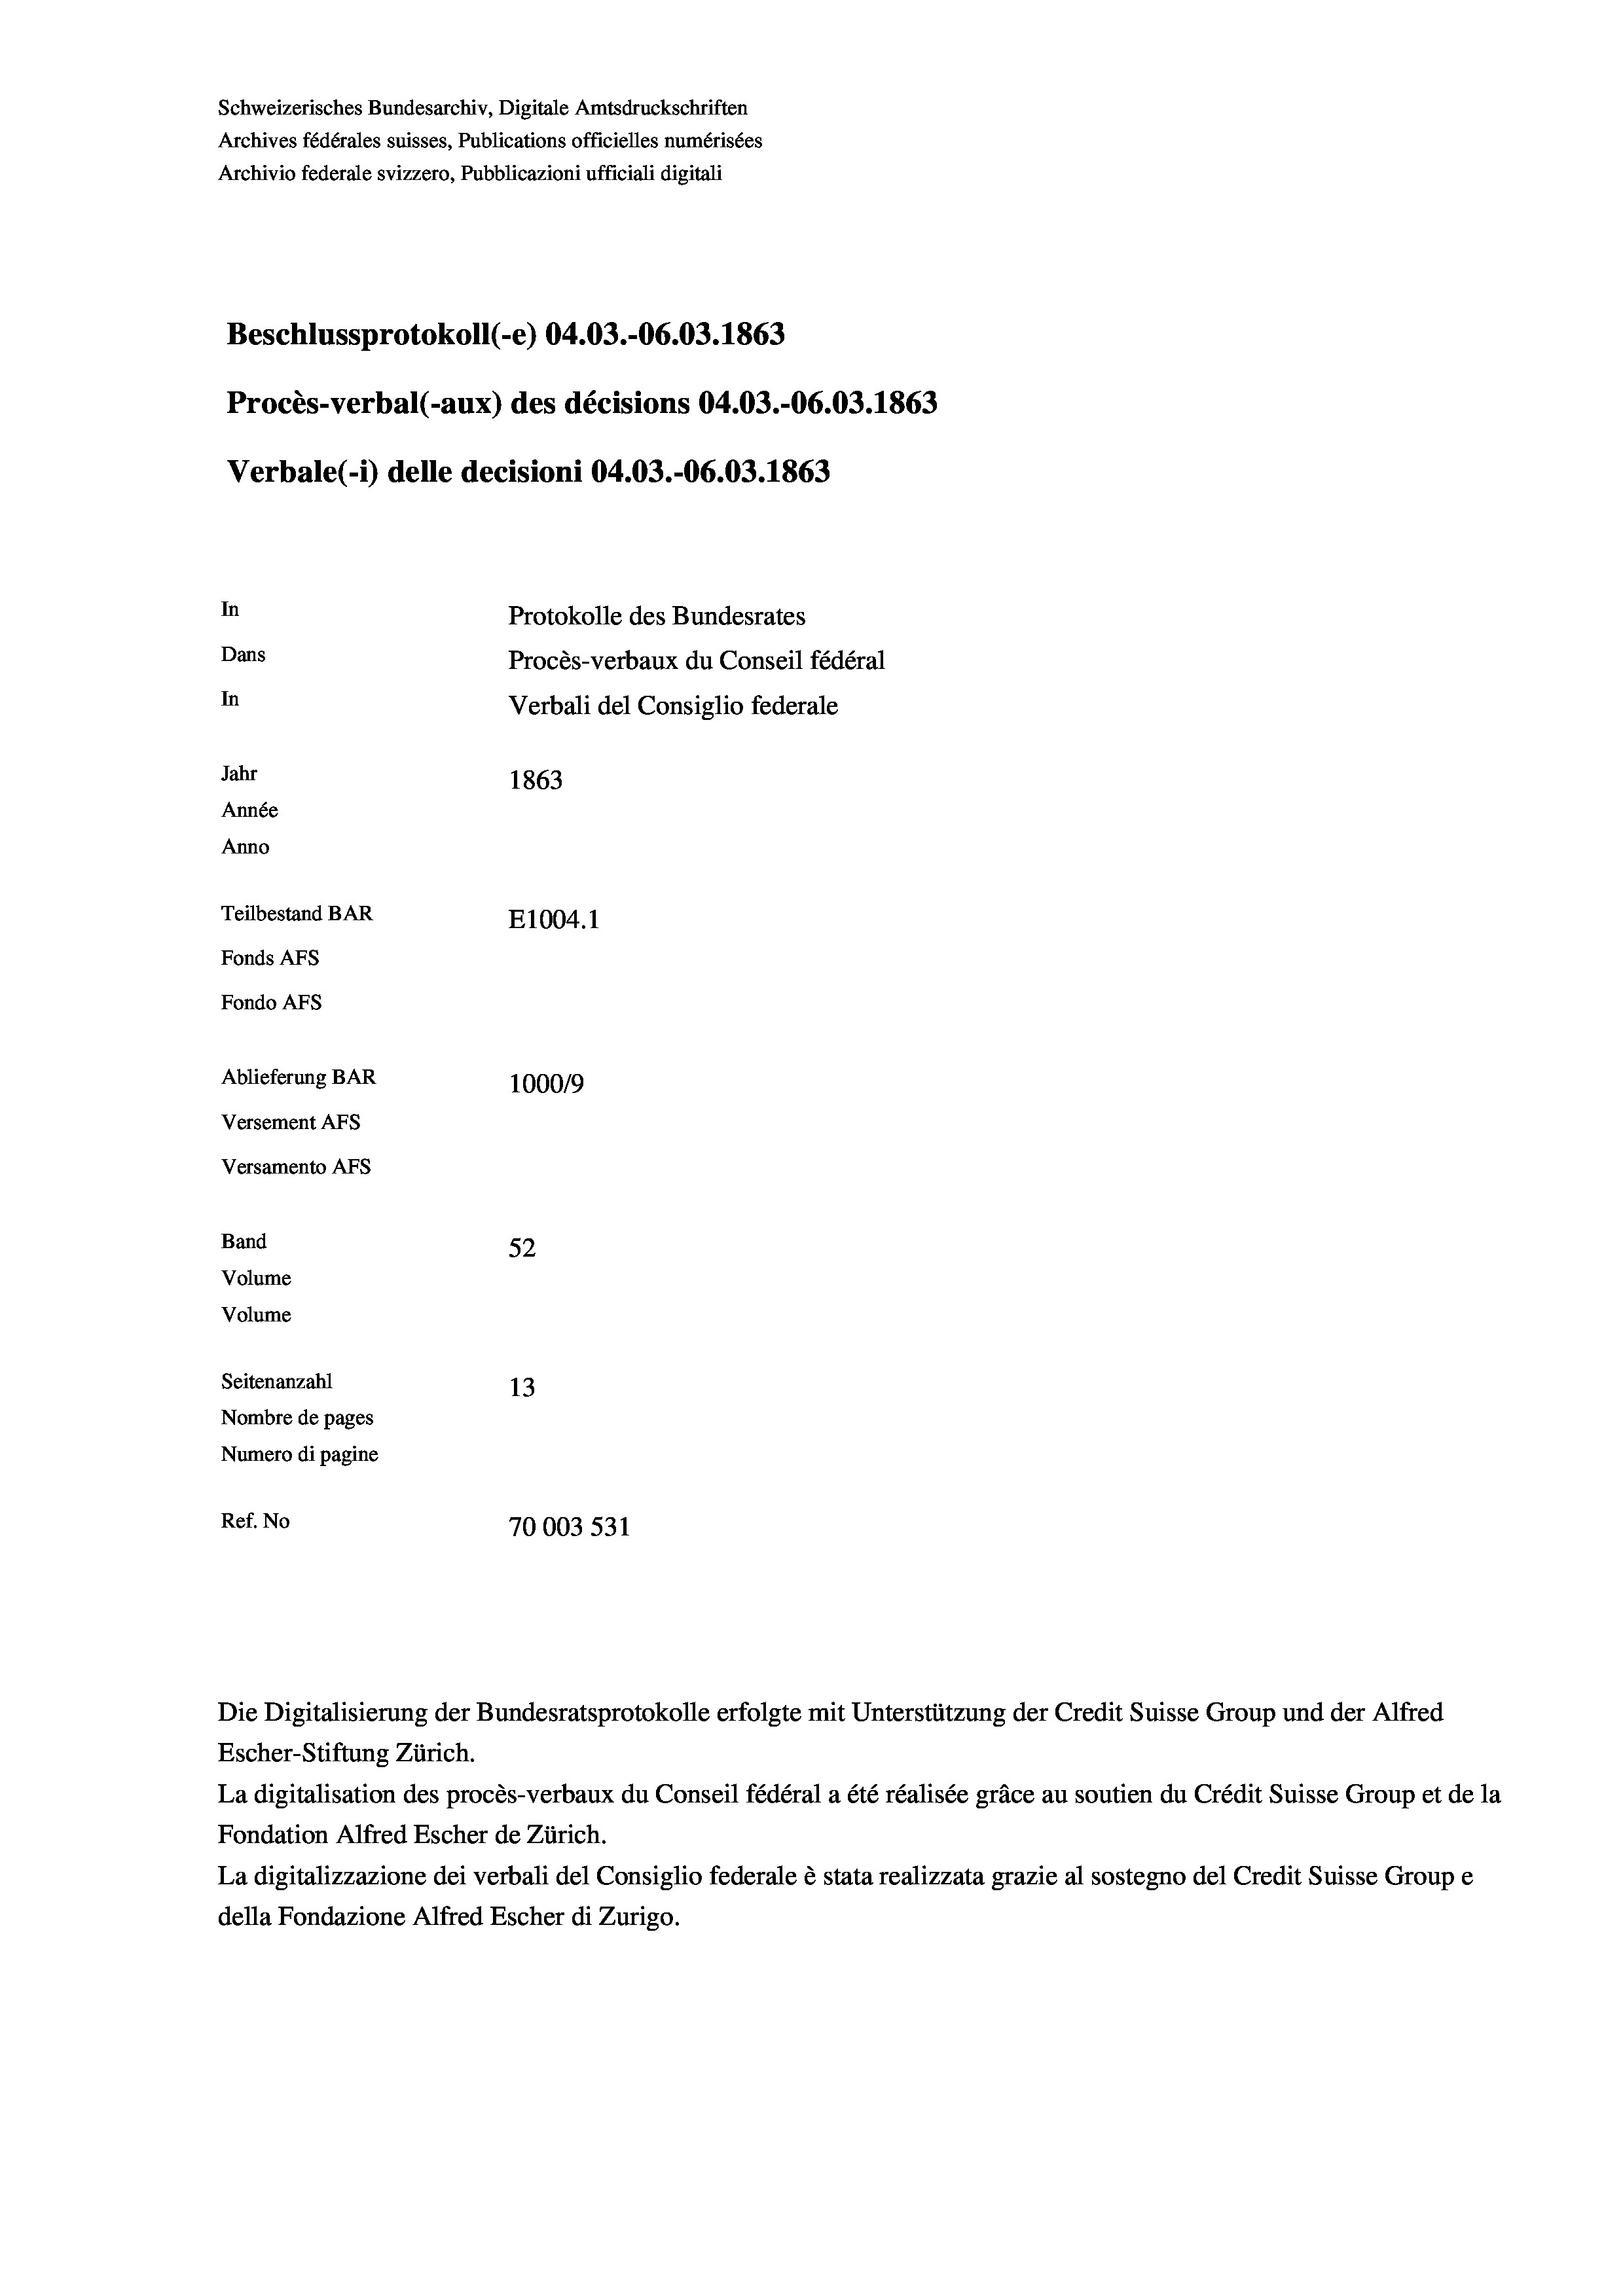
Schweizerisches Bundesarchiv, Digitale Amtsdruckschriften
Archives fédérales suisses, Publications officielles numérisées
Archivio federale svizzero, Pubblicazioni ufficiali digitali
Beschlussprotokoll (-e) 04.03.-06.03. 1863
Procès-verbal (-aux) des décisions 04.03.-06.03. 1863
Verbale (i) delle decisioni 04.03.-06.03. 1863
In
Protokolle des Bundesrates
Dans
Procès-verbaux du Conseil fédéral
In
Verbali del Consiglio federale
Jahr
1863
Année
Anno
Teilbestand BAR
E1004. 1
Fonds AFs
Fondo AFs
Ablieferung BAR
100019
Versement AFs
Versamento Afs
Band
52
Volume
Volume
Seitenanzahl
13

Nombre de pages
Numero di pagine
Ref. No
70003 531

Escher-Stiftung Zürich.
La digitalisation des procès-verbaux du Conseil fédéral a été réalisée gräce au soutien du Crédit Suisse Group et de la
Fondation Alfred Escher de Zürich.
La digitalizzazione dei verbali del Consiglio federale è stata realizzata grazie al sostegno del Credit Suisse Groupe
della Fondazione Alfred Escher di Zurigo.

Die Digitalisierung der Bundesratsprotokolle erfolgte mit Unterstützung der Credit Suisse Group und der Alfred